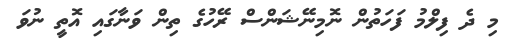
މި ދެ ފިލްމު ފަހަތުން ނޮމިނޭޝަންސް ރޭހުގެ ތިން ވަނާގައި އޮތީ ނުވަ